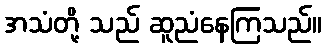
အသံတို့ သည် ဆူညံနေကြသည်။